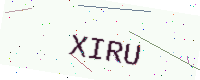
Text: XIRU